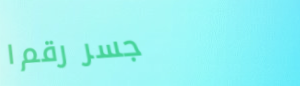
جسر رقم ١